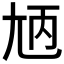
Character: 𡯞